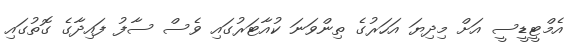
އެމްޓީޑީސީ އަށް މިދިޔަ އަހަރުގެ ތިންވަނަ ކުއާޓަރުގައި ވެސް ސާފު ފައިދާގެ ގޮތުގައި